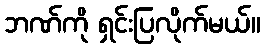
ဘဏ်ကို ရှင်းပြလိုက်မယ်။